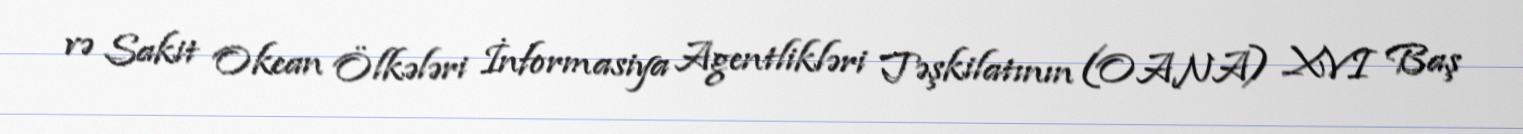
və Sakit Okean Ölkələri İnformasiya Agentlikləri Təşkilatının (OANA) XVI Baş